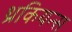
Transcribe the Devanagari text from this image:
थ्रकियन्स